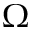
\Omega